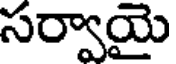
సర్వాయై